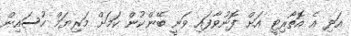
އަދި އެ އޮތޯރިޓީ އަށް ފޮނުވާފައި ވަނީ ބޭންކުން ކަމަށް މަރިޔަމް ހުސައިން